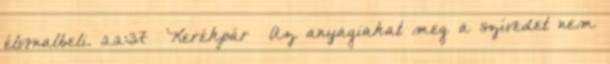
élvonalbeli. 22:37 Kerékpár Az anyagiakat meg a szívedet nem